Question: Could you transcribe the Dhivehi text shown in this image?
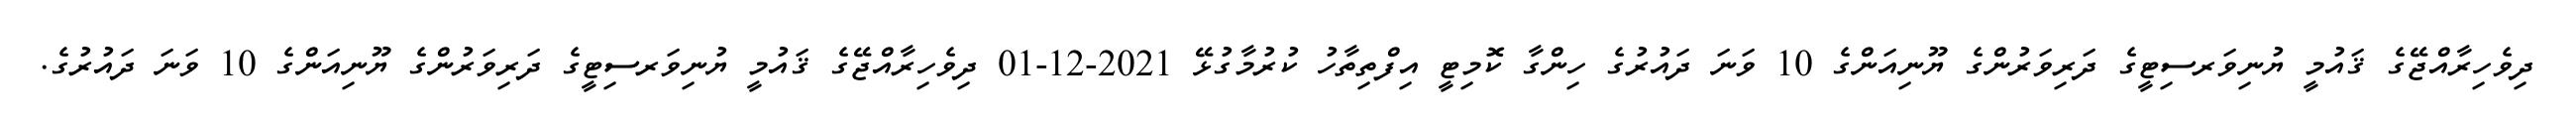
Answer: ދިވެހިރާއްޖޭގެ ޤައުމީ ޔުނިވަރސިޓީގެ ދަރިވަރުންގެ ޔޫނިއަންގެ 10 ވަނަ ދައުރުގެ ހިންގާ ކޮމިޓީ އިފްތިތާހު ކުރުމާގުޅޭ 2021-12-01 ދިވެހިރާއްޖޭގެ ޤައުމީ ޔުނިވަރސިޓީގެ ދަރިވަރުންގެ ޔޫނިއަންގެ 10 ވަނަ ދައުރުގެ.